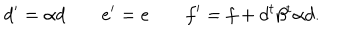
LaTeX: d ^ { \prime } = \alpha d \; e ^ { \prime } = e \; f ^ { \prime } = f + d ^ { t } \beta ^ { t } \alpha d .